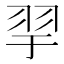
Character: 𦏴